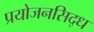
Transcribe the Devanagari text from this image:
प्रयोजनसिद्ध